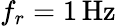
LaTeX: f_{r}=1\, \mathrm{Hz}